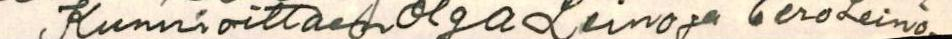
Kunnioittaen Olga Leino ja Eero Leino.